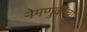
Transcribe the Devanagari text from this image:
नेमणुकीचा